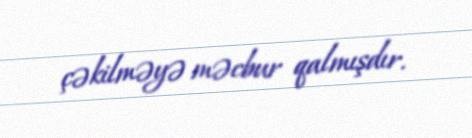
çəkilməyə məcbur qalmışdır.